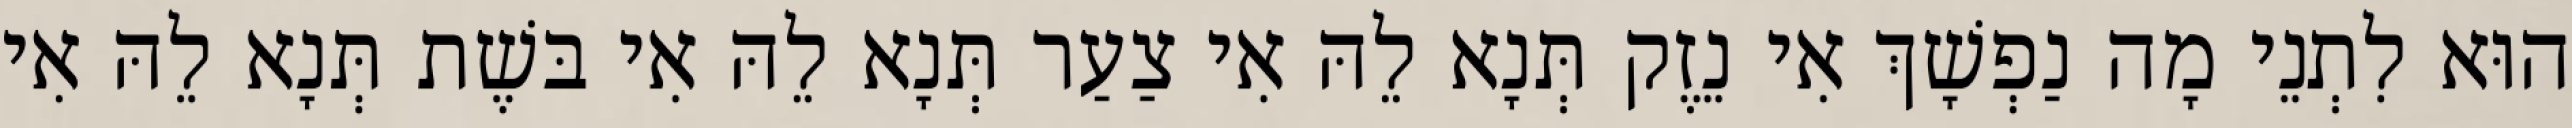
הוּא לִתְנֵי מָה נַפְשָׁךְ אִי נֵזֶק תְּנָא לֵהּ אִי צַעַר תְּנָא לֵהּ אִי בּשֶׁת תְּנָא לֵהּ אִי